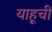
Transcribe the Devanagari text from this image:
याहूची